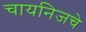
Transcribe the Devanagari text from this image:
चायनिजचे